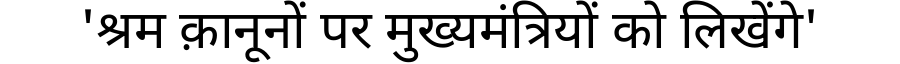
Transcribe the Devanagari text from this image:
'श्रम क़ानूनों पर मुख्यमंत्रियों को लिखेंगे'